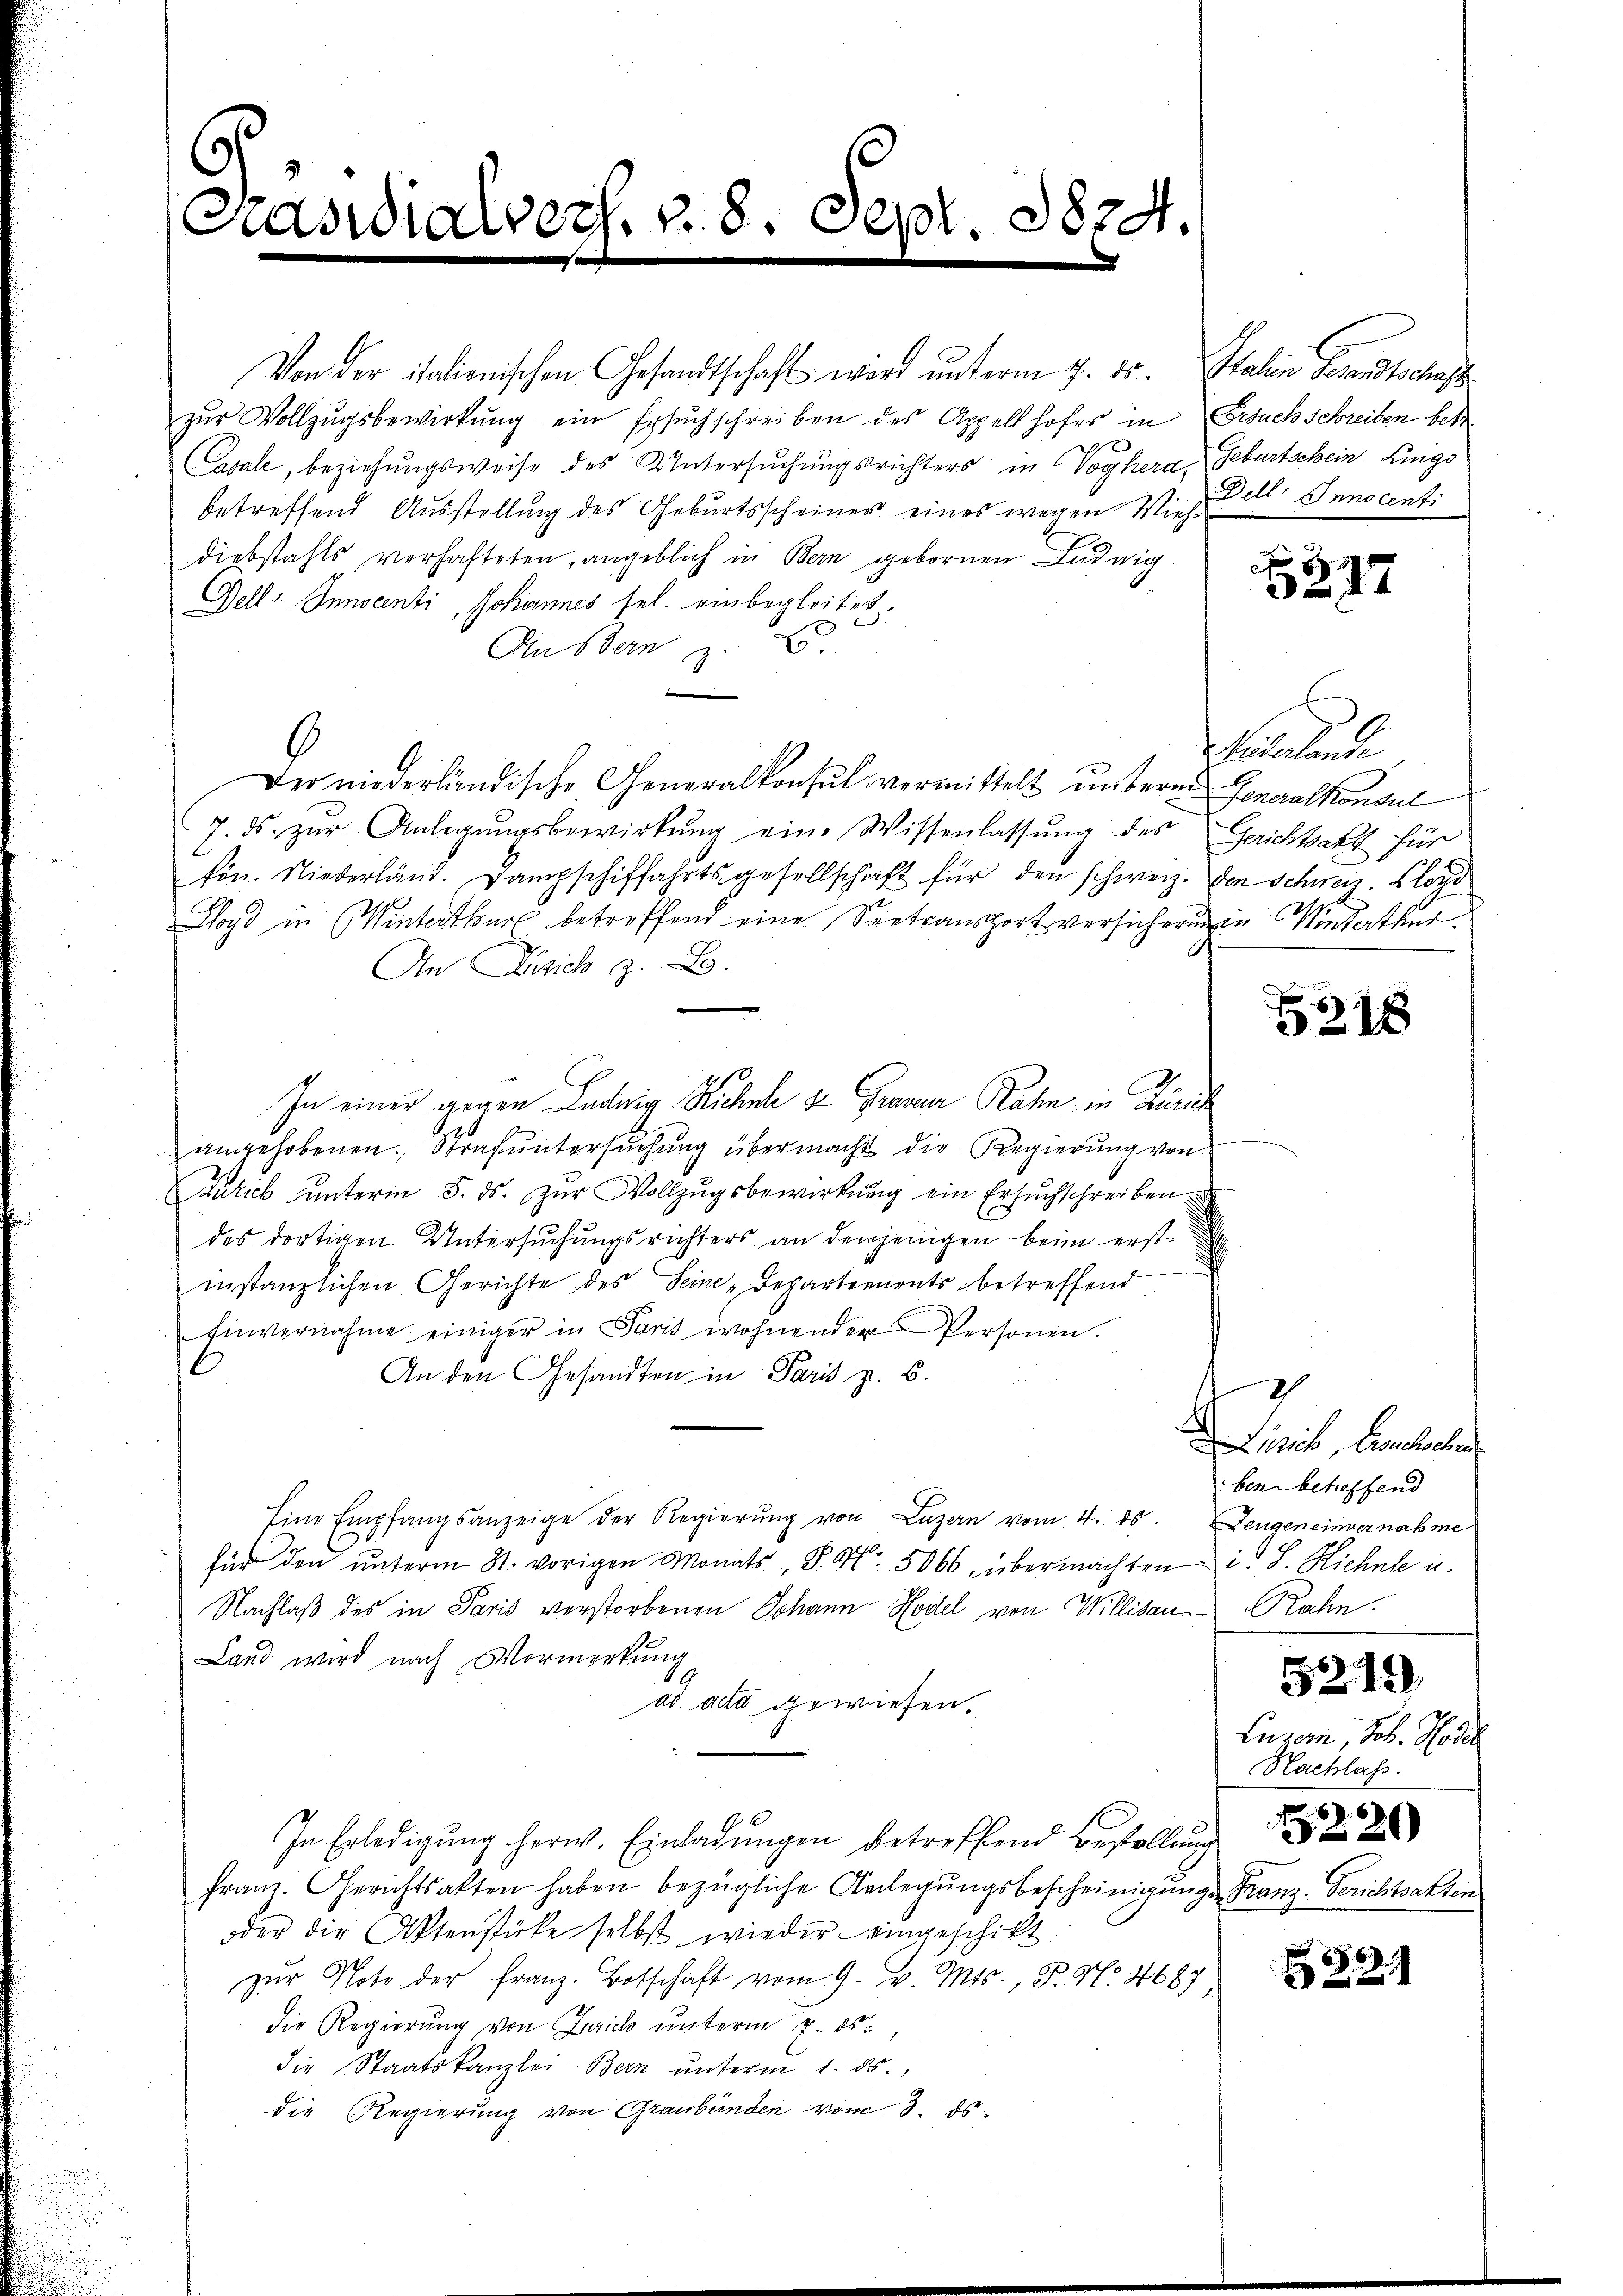
.
Präsidialvers. v. 8. Sept. 1824.

Von der italienischen Gesandtschaft wird unterm 7. ds. Italin Gesandtschaft
zŭr Vollzŭgsbewirkung ein Ersuchschreiben des Appellhofes in Ersuch schreiben betr.
e
Casale, beziehungsweise des Untersuchungsrichters in Voglera, Geburtschein Lingo
betreffend Ausstellung des Geburtsscheiner eines wegen Viehdiebstahls verhafteten, angeblich in Bern gebornen Ludwig
Dell-Innocenti, Johannes sel. einbegleitet.
An Bern E
Der niederländische Generalkonsul vormittelt unteren Generalkonsul
7. ds. zŭr Anlegŭngsbewirkŭng eine Wissenlassŭng des Gerichtsakt für
kön. Niederländ. Dampschiffahrtsgesellschaft für den schweiz. Den Schweiz. Lloy
Lloyd in (Winterthur betreffend eine Spetransport versichern in Winterthur
.
An Disich z. B.
In einer gegen Ludwig Ruchele 2 Grazer Rahn in Zürich
angehobenen Strafuntersŭchŭng übermacht die Regierung von
Zurick unterm 5. ds. zur Vollzugsbewirkung ein Ersuchschreiben
des dortigen Untersuchungsrichters an denjenigen beim erstf
instanzlichen Gerichte des Seine Departements betreffend
Einvernahme einiger in Paris wohnenden Personen.
An den Gesandten in Paris z. B.
Eine Empfangsanzeige der Regierŭng von Luzern vom 4. ds. Zeugen einvernahme
für den unterm 31. vorigen Monats, S. Nr. 5066 übermachten i. S. Richte u.
Nachlaß des in Paris verstorbenen Johann Hodel von Willisau Rahn.
Land wird nach Vormerkung
ad acta gewiesen.
In Erledigung herw. Einladungen betreffend Bestellung
franz. Gerichtsakten haben bezügliche Anlegŭngsbescheinigŭngen Franz-Berichtsalten
oder die Aktenstücke selbst wieder eingeschickt
zŭr Note der Franz. Botschaft vom 9. v. Mts., F. N. 4687
die Regierung von Zürich unterm 7. ds.
die Staatskanzlei Bern ŭnterm 1. ds.
die Regierung von Graubünden vom 3. ds.

Dell: Innocenti

217

l

318

de Linik, Leuchenber
ben beheffend

Luzern, Joh. Hotel
Nachlass.
220)

5219

321